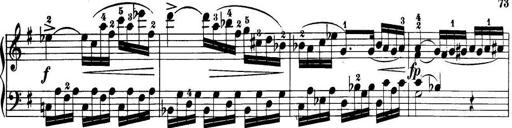
Title: 32 Sonatinas and Rondos for the Piano
Composer: Richard Kleinmichel